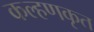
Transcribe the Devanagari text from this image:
कल्हणकृत